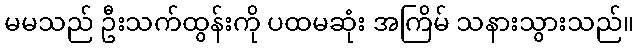
မမသည် ဦးသက်ထွန်းကို ပထမဆုံး အကြိမ် သနားသွားသည်။